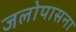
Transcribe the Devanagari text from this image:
जलोपासना